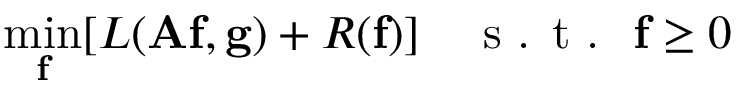
\operatorname* { m i n } _ { \mathbf { f } } [ L ( \mathbf { A f } , \mathbf { g } ) + R ( \mathbf { f } ) ] \quad \textrm { s . t . } \; \mathbf { f } \geq 0